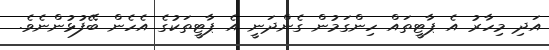
އަދި މިހާރު އެ ޕާޓީތައް ހިންގަމުން ގެންދަނީ އެ ޕާޓީތަކުގެ އެހެން ބޭފުޅުންނެވެ.